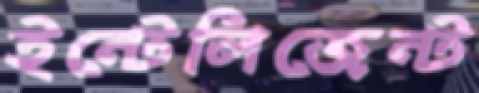
ইন্টেলিজেন্ট